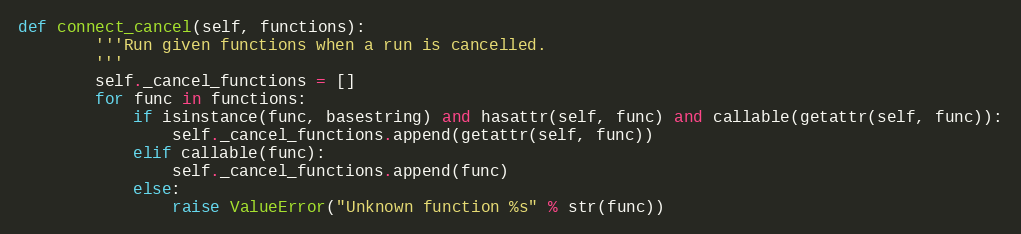
Language: Python
def connect_cancel(self, functions):
        '''Run given functions when a run is cancelled.
        '''
        self._cancel_functions = []
        for func in functions:
            if isinstance(func, basestring) and hasattr(self, func) and callable(getattr(self, func)):
                self._cancel_functions.append(getattr(self, func))
            elif callable(func):
                self._cancel_functions.append(func)
            else:
                raise ValueError("Unknown function %s" % str(func))